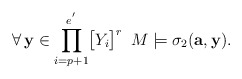
\begin{align*}\forall\,\mathbf{y}\in\displaystyle{\prod_{i=p+1}^{e^{'}}}\big{[}Y_i\big{]}^r\,\,\,M\models\sigma_2(\mathbf{a},\mathbf{y}).\end{align*}